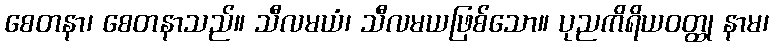
စေတနာ၊ စေတနာသည်။ သီလမယံ၊ သီလမယဖြစ်သော။ ပုညကိရိယဝတ္ထု နာမ၊